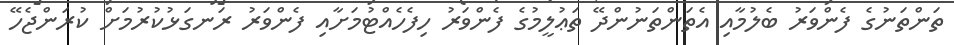
ތަންތަނުގެ ފެންވަރު ބެލުމާއި އެތަންތަނުންދޭ ތަޢުލީމުގެ ފެންވަރު ހިފެހެއްޓުމަށާއި ފެންވަރު ރަނގަޅުކުރުމަށް ކުރަންޖެހޭ